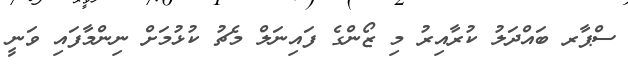
ސްޕާރ ބައްދަލު ކުރާއިރު މި ޒޯންގެ ފައިނަލް މެޗު ކުޅުމަށް ނިންމާފައި ވަނީ